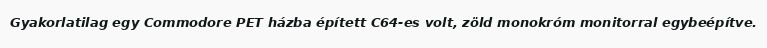
Gyakorlatilag egy Commodore PET házba épített C64-es volt, zöld monokróm monitorral egybeépítve.